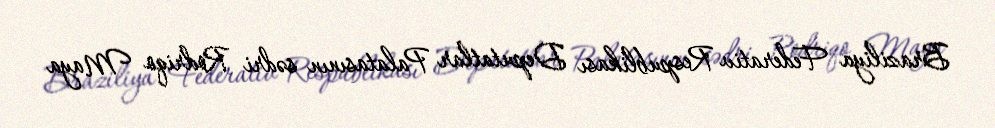
Braziliya Federativ Respublikası Deputatlar Palatasının sədri Rodriqo Maya